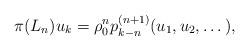
LaTeX: \begin{gather*}\pi(L_n) u_{k}=\rho_0^n p_{k-n}^{(n+1)}(u_1,u_2,\dots),\end{gather*}